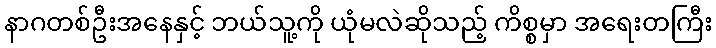
နာဂတစ်ဦးအနေနှင့် ဘယ်သူ့ကို ယုံမလဲဆိုသည့် ကိစ္စမှာ အရေးတကြီး